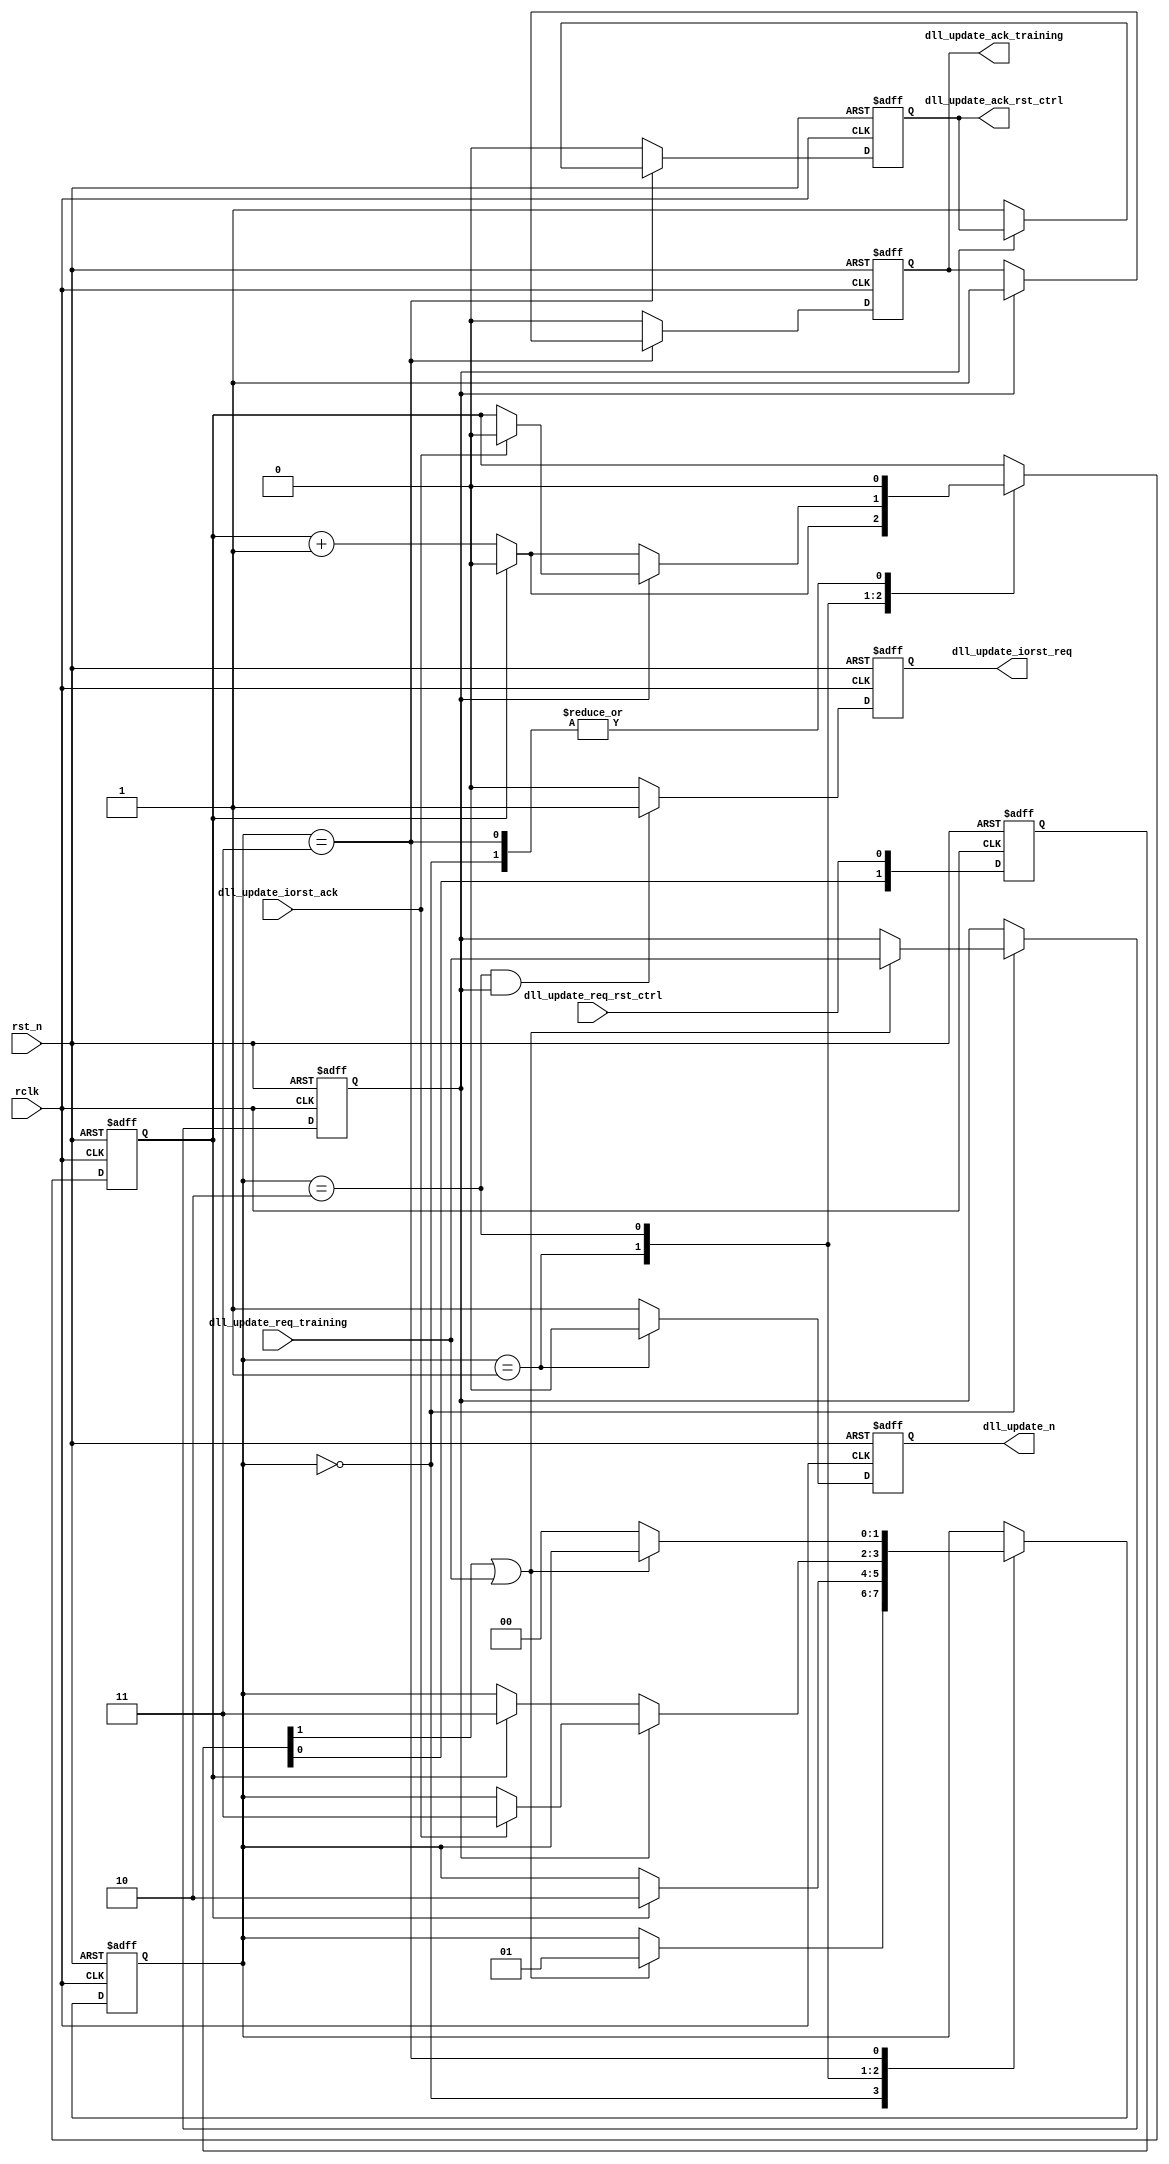
//////////////////////////////////////////////////////////////////////////////
//
// Copyright (c) 2019 PANGO MICROSYSTEMS, INC
// ALL RIGHTS RESERVED.
//
// THE SOURCE CODE CONTAINED HEREIN IS PROPRIETARY TQ PANGO MICROSYSTEMS, INC.
// IT SHALL NOT BE REPRODUCED OR DISCLOSED IN WHOLE OR IN PART OR USED BY
// PARTIES WITHOUT WRITTEN AUTHORIZATION FROM THE OWNER.
//
/////////////////////////////////////////////////////////////////////////////
// Revision:1.0(initial)
//
//////////////////////////////////////////////////////////////////////////////

`timescale 1ps/1ps

module ipsl_hmic_h_ddrphy_dll_update_ctrl_v1_1
(
input      rclk                   ,
input      rst_n                  ,
input      dll_update_req_rst_ctrl,
output reg dll_update_ack_rst_ctrl,
input      dll_update_req_training,
output reg dll_update_ack_training,
output reg dll_update_iorst_req   ,
input      dll_update_iorst_ack   ,
output reg dll_update_n
);

localparam IDLE     = 2'd0;
localparam DLL_UP   = 2'd1;
localparam WAIT     = 2'd2;
localparam ACK      = 2'd3;

reg [1:0] dll_update_req_rst_ctrl_d;
reg [1:0] state;
reg update_from_training;
reg [0:0] cnt; 
wire update_req;

//*****************************************************
//update from rst_ctrl is async while update req from training is sync
always @(posedge rclk or negedge rst_n)
begin
   if (!rst_n) begin
      dll_update_req_rst_ctrl_d <= 2'd0;
   end
   else begin
      dll_update_req_rst_ctrl_d <= {dll_update_req_rst_ctrl_d[0], dll_update_req_rst_ctrl};
   end
end

assign update_req = dll_update_req_rst_ctrl_d[1] | dll_update_req_training;

always @(posedge rclk or negedge rst_n)
begin
   if (!rst_n) begin
      state                <= IDLE;
      update_from_training <= 1'b0;
      cnt                  <= 0;
   end
   else begin
      case (state)
         IDLE: begin
            cnt   <= 0;
            if (update_req) begin
               state <= DLL_UP;
               update_from_training <= dll_update_req_training;
            end
         end
         DLL_UP: begin //assert dll_update_n; capture DLL step
            if (cnt[0]) begin
               state <= WAIT;
               cnt   <= 0;
            end
            else
               cnt <= cnt + 1;
         end
         WAIT: begin
            if (update_from_training)begin
               if(dll_update_iorst_ack) begin
               cnt   <= 0;
               state <= ACK;
               end
            end
            else begin
               if(cnt[0]) begin
               cnt   <= 0;
               state <= ACK;
               end
               else
               cnt   <= cnt + 1;
            end
         end
         ACK: begin
            cnt   <= 0;
            if (~update_req)
               state <= IDLE;
         end
         default:
            state <= IDLE;
      endcase
   end
end


always @(posedge rclk or negedge rst_n)
begin
  if (!rst_n)
  dll_update_iorst_req <= 0;
  else if((state == WAIT)&&(update_from_training == 1))
  dll_update_iorst_req <= 1; 
  else
  dll_update_iorst_req <= 0;
end
   
always @(posedge rclk or negedge rst_n)
begin
   if (!rst_n) begin
      dll_update_ack_rst_ctrl <= 1'b0;
      dll_update_ack_training <= 1'b0;
      dll_update_n            <= 1'b0;
   end
   else begin
      if (state == ACK) begin
         if (update_from_training)
            dll_update_ack_training <= 1'b1;
         else
            dll_update_ack_rst_ctrl <= 1'b1;
      end
      else begin
         dll_update_ack_training <= 1'b0;
         dll_update_ack_rst_ctrl <= 1'b0;
      end
      
      if (state == DLL_UP)
         dll_update_n <= 1'b0; //when cnt = 0/1
      else
         dll_update_n <= 1'b1;
   end
end
   
endmodule